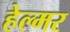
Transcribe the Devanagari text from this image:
हेल्मर